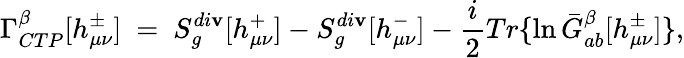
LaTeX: \Gamma_{CTP}^{\beta}[h_{\mu\nu}^{\pm}]\ =\ S_{g}^{di\mathbf{v}}[h_{\mu\nu}^{+}]-S_{g}^{di\mathbf{v}}[h_{\mu\nu}^{-}]-{\frac{{i}}{{2}}}Tr\{ \ln\bar{{G}}_{ab}^{\beta}[h_{\mu\nu}^{\pm}]\} ,